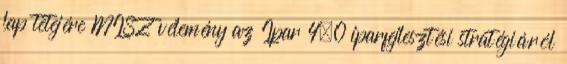
lap tetejére MISZ vélemény az Ipar 4.0 iparfejlesztési stratégiáról